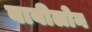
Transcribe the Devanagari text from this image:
बाबीलोन